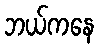
ဘယ်ကနေ